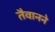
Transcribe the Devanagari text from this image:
तैवानने